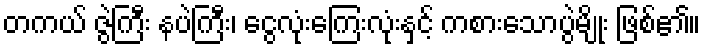
တကယ် ဇွဲကြီး နပဲကြီး၊ ငွေလုံးကြေးလုံးနှင့် ကစားသောပွဲမျိုး ဖြစ်၏။